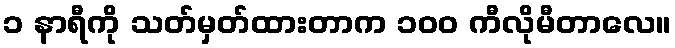
၁ နာရီကို သတ်မှတ်ထားတာက ၁၀၀ ကီလိုမီတာလေ။